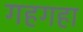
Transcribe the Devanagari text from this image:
गहगहा